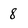
Character: 8